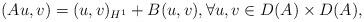
LaTeX: \begin{align*}(Au, v)= (u, v)_{H^1}+ B(u,v), \forall u,v\in D(A)\times D(A),\end{align*}